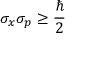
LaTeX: \sigma _ { x } \sigma _ { p } \geq { \frac { \hbar } { 2 } }